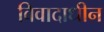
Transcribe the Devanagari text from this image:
विवादाधीन